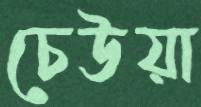
চেউয়া